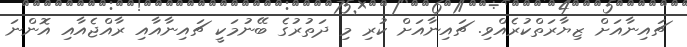
ޗައިނާއަށް ޒިޔާރަތްކުރެއްވި. ޗައިނާއަށް ކުރި މި ދަތުރުގެ ބޭނުމަކީ ޗައިނާއާއި ރާއްޖެއާއި އޮންނަ